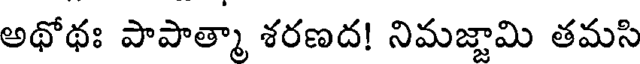
అథోథః పాపాత్మా శరణద! నిమజ్జామి తమసి